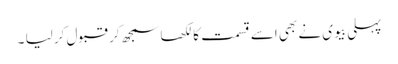
پہلی بیوی نے بھی اسے قسمت کا لکھا سمجھ کر قبول کر لیا ۔